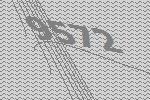
9572